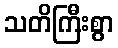
သတိကြီးစွာ